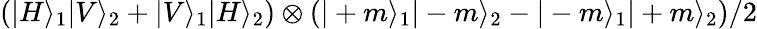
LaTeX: \left(|H\rangle_{1}|V\rangle_{2}+|V\rangle_{1}|H\rangle_{2}\right)\otimes\left(|+m\rangle_{1}|-m\rangle_{2}-|-m\rangle_{1}|+m\rangle_{2}\right)/2